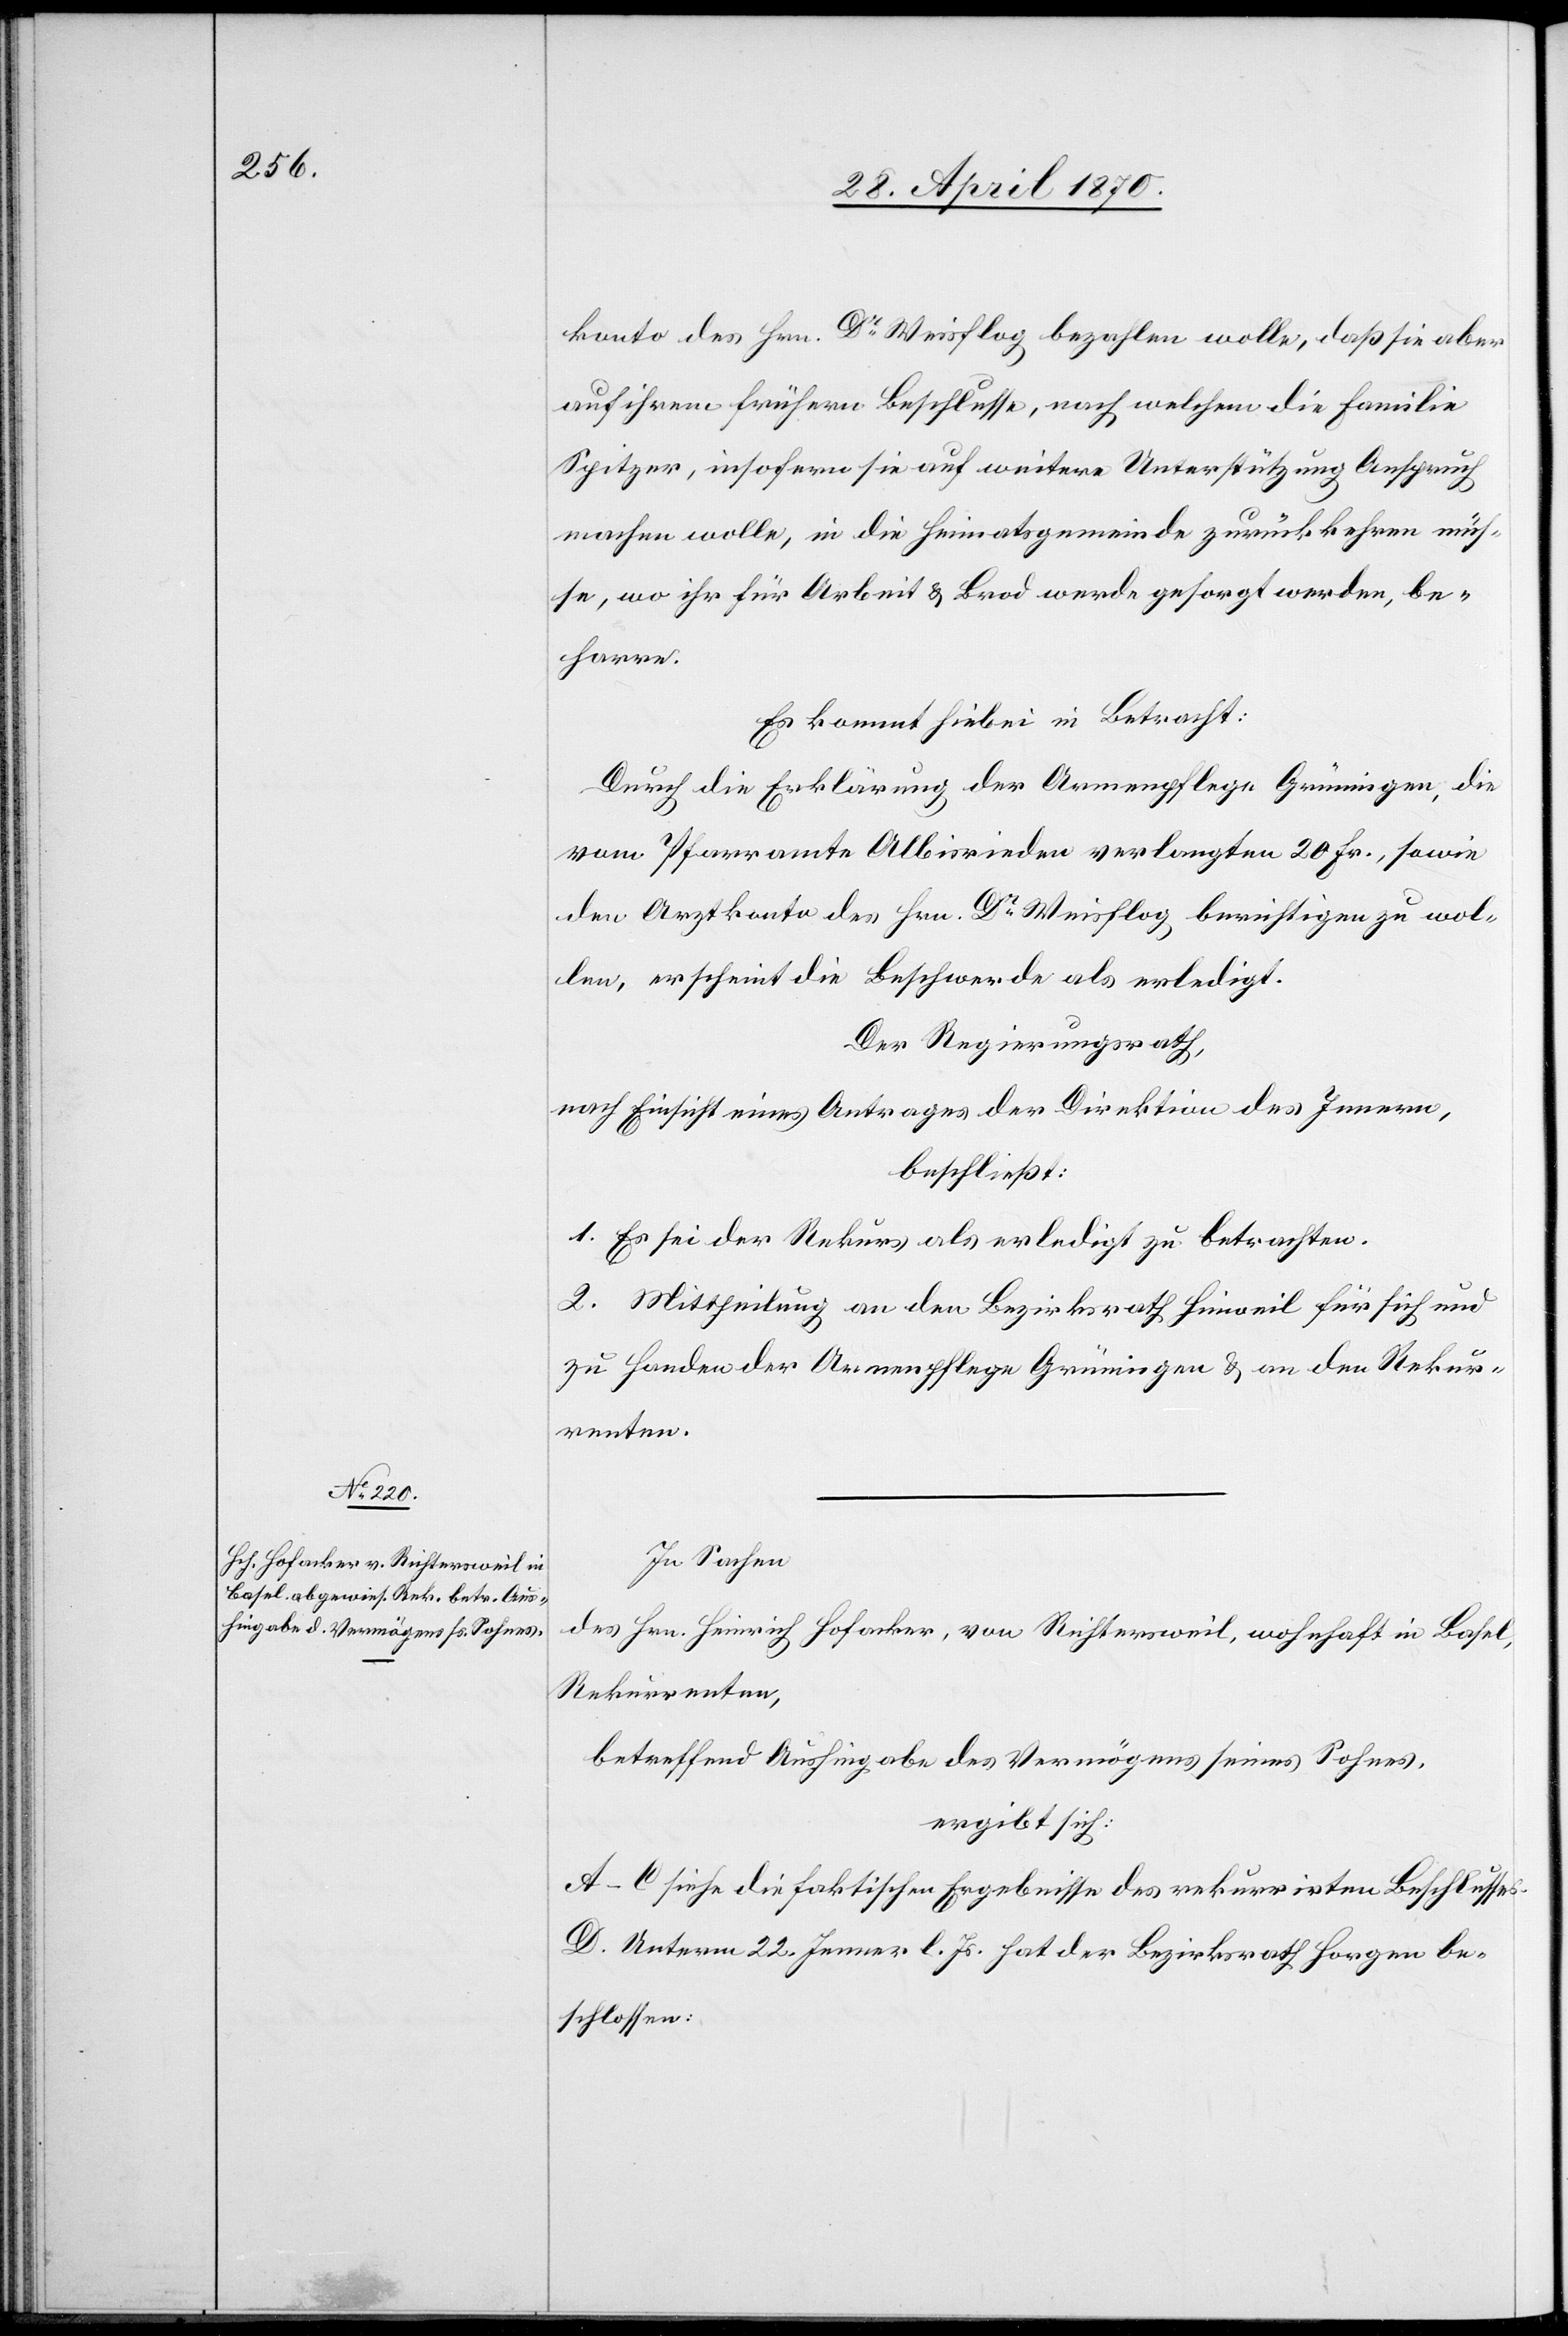
konto des Hrn. Dr Weisflog bezahlen wolle, daß sie aber
auf ihrem frühern Beschlusse, nach welchem die Familie
Spitzer, insofern sie auf weitere Unterstützung Anspruch
machen wolle, in die Heimatsgemeinde zurückkehren müs¬
se, wo ihr für Arbeit & Brod werde gesorgt werden, be¬
harre.
Durch die Erklärung der Armenpflege Grüningen, die
vom Pfarramte Albisrieden verlangten 20 Fr., sowie
den Arztkonto des Hrn. Dr Weisflog berichtigen zu wol¬
len, erscheint die Beschwerde als erledigt.
Der Regierungsrath,
nach Einsicht eines Antrages der Direktion des Innern,
beschließt:
1. Es sei der Rekurs als erledigt zu betrachten.
2. Mittheilung an den Bezirksrath Hinweil für sich und
zu Handen der Armenpflege Grüningen & an den Rekur¬
renten.
In Sachen
des Hrn. Heinrich Hofacker, von Richtersweil, wohnhaft in Basel,
Rekurrenten,
betreffend Aushingabe des Vermögens seines Sohnes,
ergibt sich:
A.–C. siehe die faktischen Ergebnisse des rekurrirten Beschlusses.
D. Unterm 22. Jenner l. Js. hat der Bezirksrath Horgen be¬
schlossen: